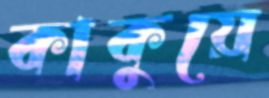
কাকুয়ে